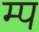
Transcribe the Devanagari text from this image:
म्प